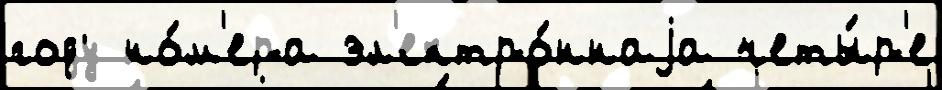
году но́м'ера эл'ектро́ннаjа четы́р'е